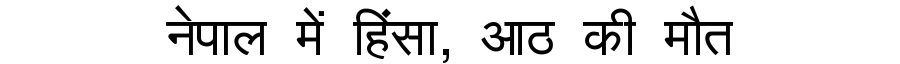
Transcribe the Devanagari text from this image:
नेपाल में हिंसा, आठ की मौत